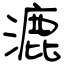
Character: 漉